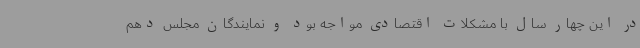
در این چهار سال با مشکلات اقتصادی مواجه بود و نمایندگان مجلس دهم